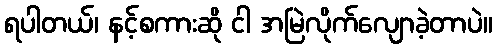
ရပါတယ်၊ နင့်စကားဆို ငါ အမြဲလိုက်လျောခဲ့တာပဲ။